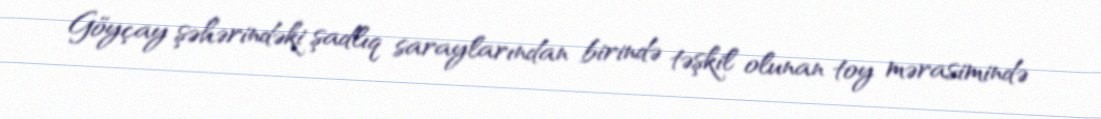
Göyçay şəhərindəki şadlıq saraylarından birində təşkil olunan toy mərasimində